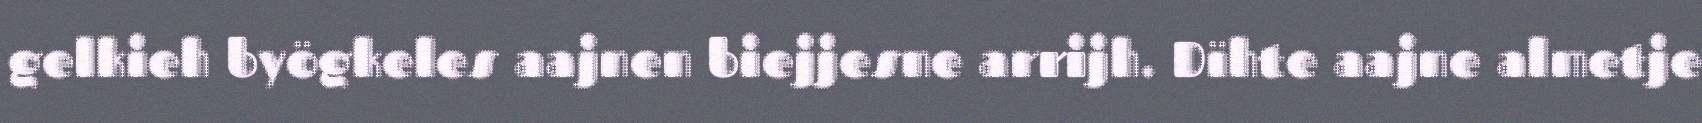
gelkieh byögkeles aajnen biejjesne arrijh. Dïhte aajne almetje